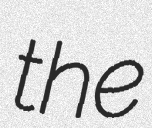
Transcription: the